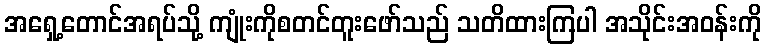
အရှေ့တောင်အရပ်သို့ ကျုံးကိုစတင်တူးဖော်သည် သတိထားကြပါ အသိုင်းအဝန်းကို